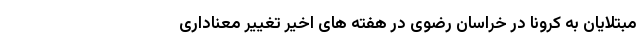
مبتلایان به کرونا در خراسان رضوی در هفته های اخیر تغییر معناداری